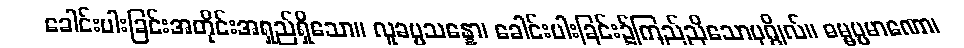
ခေါင်းပါးခြင်းအတိုင်းအရှည်ရှိသော။ လူခပ္ပသန္နော၊ ခေါင်းပါးခြင်း၌ကြည်ညိုသောပုဂ္ဂိုလ်။ ဓမ္မပ္ပမာဏော၊